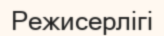
Режисерлігі